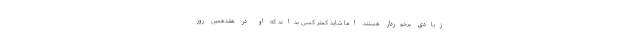
زیادی برخوردار هستند. اما شاید کمتر کسی بداند که او در هفدهمین روز